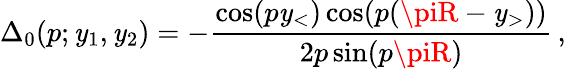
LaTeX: \Delta_{0}(p;\mathit{y}_{1},\mathit{y}_{2})=-\frac{{\cos(p\mathit{y}_{<})\cos(p(\piR-\mathit{y}_{>}))}}{{2p\sin(p\piR)}}\, ,